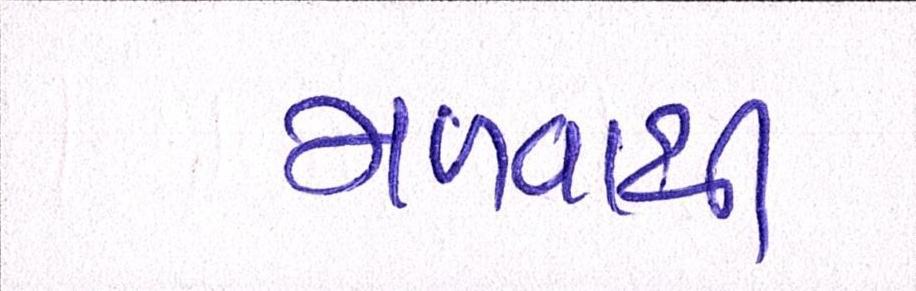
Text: મળવાથી